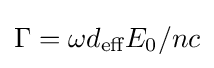
\Gamma =\omega d_{\text{eff}}E_{0}/nc